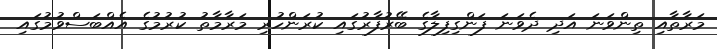
މަރާތާއި ތިންވަނަ އަދި ދެވަނަ ފަންގިފިލާގެ ބޭރުފާރުގައި ކުރަންހުރި މަރާމާތު ކުރުމުގެ އެއްބަސްވުމުގައި